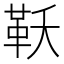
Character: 𮧔